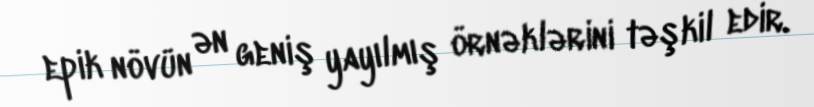
epik növün ən geniş yayılmış örnəklərini təşkil edir.